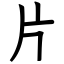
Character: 片